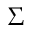
\boldsymbol { \Sigma }